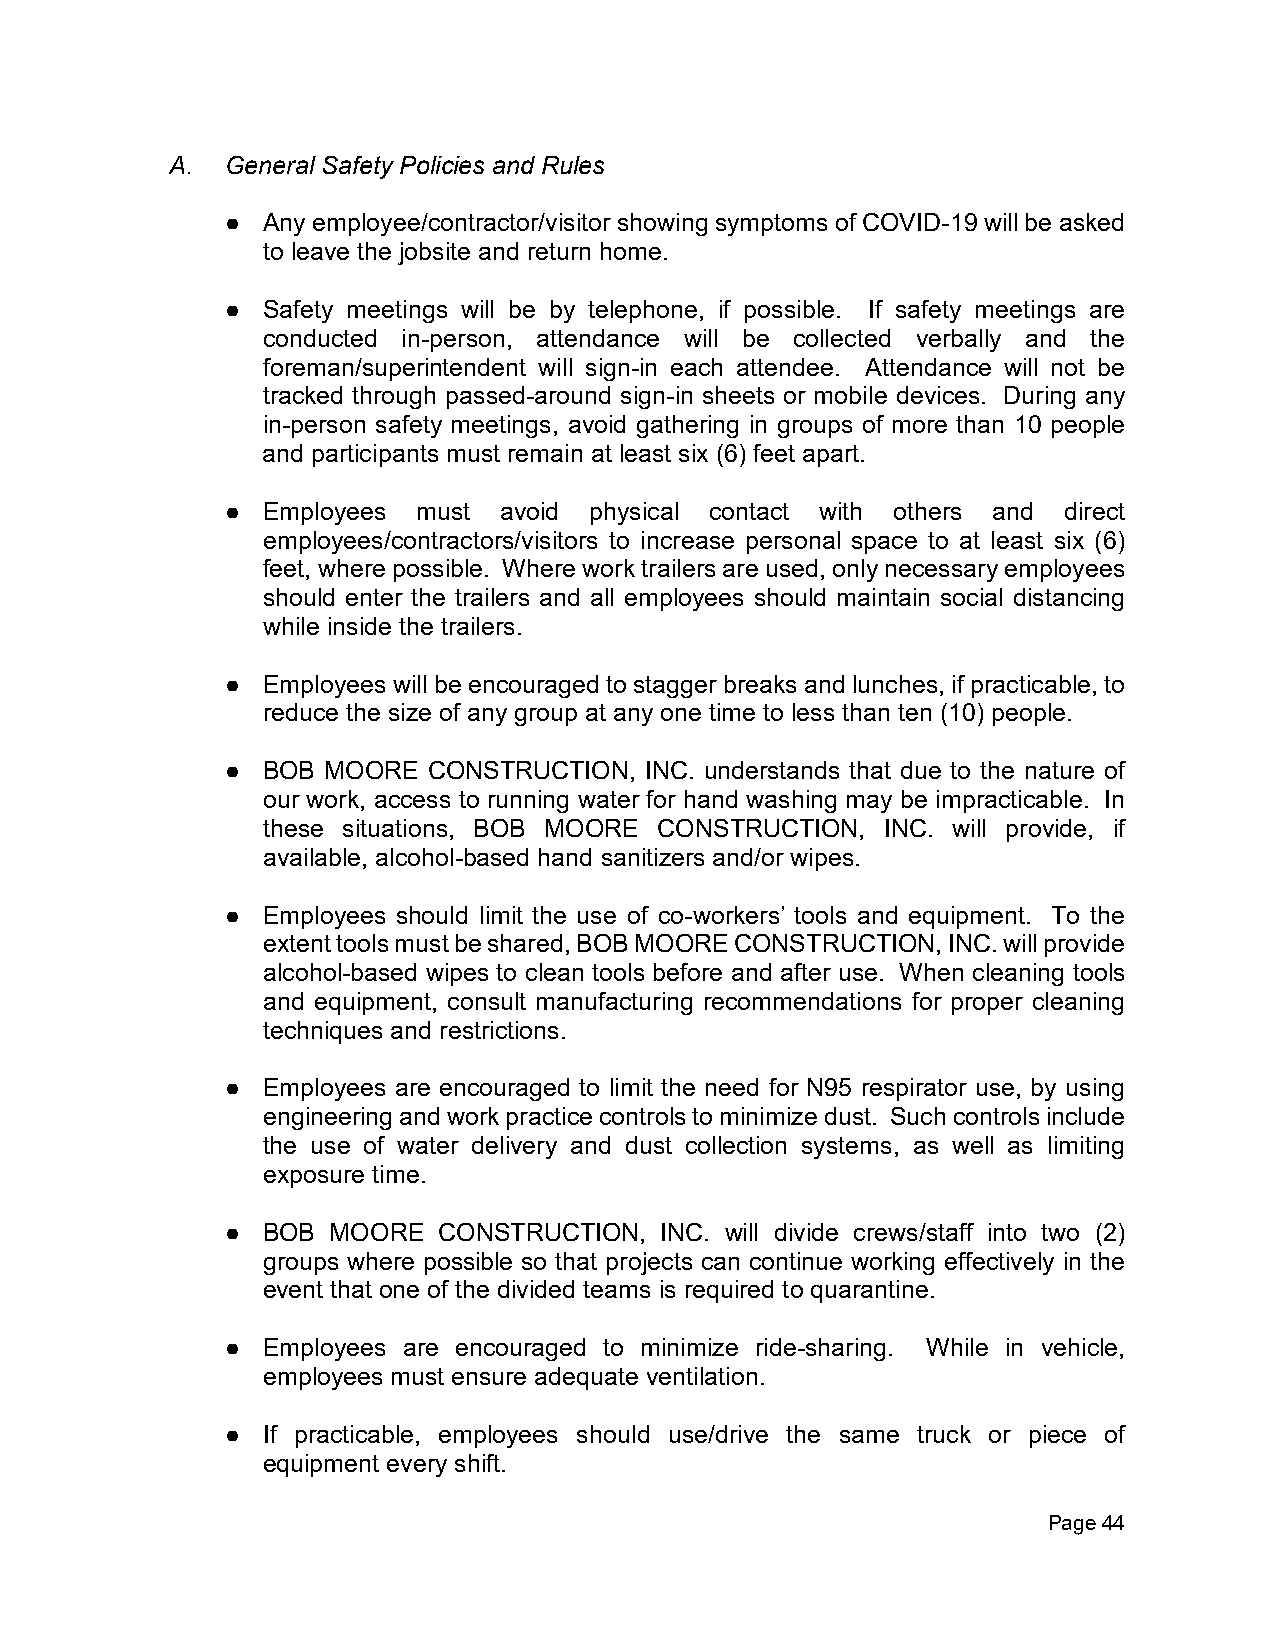
A.  General Safety Policies and Rules
 ● Any employee/contractor/visitor showing symptoms of COVID-19 will be asked
 to leave the jobsite and return home.
 ● Safety meetings will be by telephone, if possible. If safety meetings are
 conducted in-person, attendance will be collected verbally and the
 foreman/superintendent will sign-in each attendee. Attendance will not be
 tracked through passed-around sign-in sheets or mobile devices. During any
 in-person safety meetings, avoid gathering in groups of more than 10 people
 and participants must remain at least six (6) feet apart.
 ● Employees  must avoid physical contact with others and direct
 employees/contractors/visitors to increase personal space to at least six (6)
 feet, where possible. Where work trailers are used, only necessary employees
 should enter the trailers and all employees should maintain social distancing
 while inside the trailers.
 ● Employees will be encouraged to stagger breaks and lunches, if practicable, to
 reduce the size of any group at any one time to less than ten (10) people.
 ● BOB MOORE  CONSTRUCTION,  INC. understands that due to the nature of
 our work, access to running water for hand washing may be impracticable. In
 these situations, BOB MOORE CONSTRUCTION, INC. will provide, if
 available, alcohol-based hand sanitizers and/or wipes.
 ● Employees should limit the use of co-workers’ tools and equipment. To the
 extent tools must be shared, BOB MOORE CONSTRUCTION, INC. will provide
 alcohol-based wipes to clean tools before and after use. When cleaning tools
 and equipment, consult manufacturing recommendations for proper cleaning
 techniques and restrictions.
 ● Employees are encouraged to limit the need for N95 respirator use, by using
 engineering and work practice controls to minimize dust. Such controls include
 the use of water delivery and dust collection systems, as well as limiting
 exposure time.
 ● BOB  MOORE  CONSTRUCTION,  INC. will divide crews/staff into two (2)
 groups where possible so that projects can continue working effectively in the
 event that one of the divided teams is required to quarantine.
 ● Employees are encouraged to minimize ride-sharing. While in vehicle,
 employees must ensure adequate ventilation.
 ● If practicable, employees should use/drive the same truck or piece of
 equipment every shift.
 Page 44